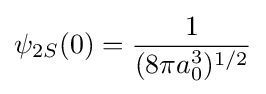
\psi _{2S}(0)={\frac {1}{(8\pi a_{0}^{3})^{1/2}}}